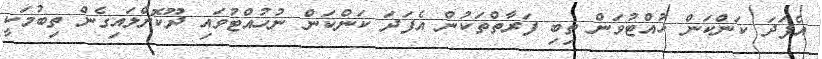
އެފަދަ ކަންކަން ހުއްޓުވަން ތިބި ފަރާތްތަކުން އެފަދަ ކަންކަން ނުހުއްޓުވައި ދޫކޮށްލައިގެން ތިބުމަކީ